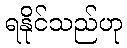
ရနိုင်သည်ဟု